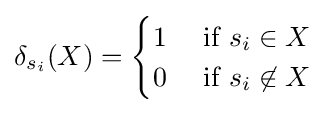
\delta _{s_{i}}(X)={\begin{cases}1&{\mbox{ if }}s_{i}\in X\\0&{\mbox{ if }}s_{i}\not \in X\\\end{cases}}